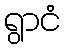
ရွာငံ